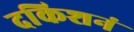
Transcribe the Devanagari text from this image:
दकिशनं